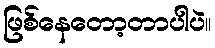
ဖြစ်နေတော့တာပါပဲ။